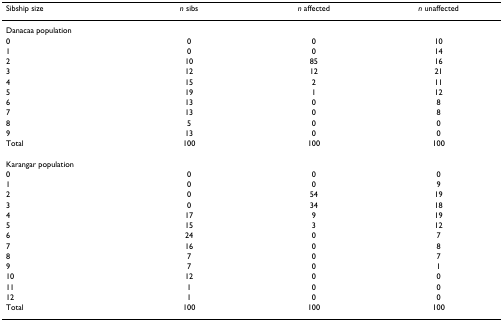
| Sibship size | n sibs | n affected | n unaffected |
 | --- | --- | --- | --- |
 | <COLSPAN=4> Danacaa population |
 | 0 | 0 | 0 | 10 |
 | 1 | 0 | 0 | 14 |
 | 2 | 10 | 85 | 16 |
 | 3 | 12 | 12 | 21 |
 | 4 | 15 | 2 | 11 |
 | 5 | 19 | 1 | 12 |
 | 6 | 13 | 0 | 8 |
 | 7 | 13 | 0 | 8 |
 | 8 | 5 | 0 | 0 |
 | 9 | 13 | 0 | 0 |
 | Total | 100 | 100 | 100 |
 | <COLSPAN=4> Karangar population |
 | 0 | 0 | 0 | 0 |
 | 1 | 0 | 0 | 9 |
 | 2 | 0 | 54 | 19 |
 | 3 | 0 | 34 | 18 |
 | 4 | 17 | 9 | 19 |
 | 5 | 15 | 3 | 12 |
 | 6 | 24 | 0 | 7 |
 | 7 | 16 | 0 | 8 |
 | 8 | 7 | 0 | 7 |
 | 9 | 7 | 0 | 1 |
 | 10 | 12 | 0 | 0 |
 | 11 | 1 | 0 | 0 |
 | 12 | 1 | 0 | 0 |
 | Total | 100 | 100 | 100 |